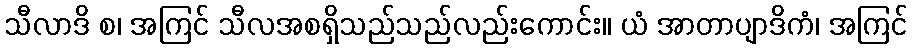
သီလာဒိ စ၊ အကြင် သီလအစရှိသည်သည်လည်းကောင်း။ ယံ အာတာပျာဒိကံ၊ အကြင်